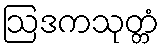
ဩဒကသုတ္တံ